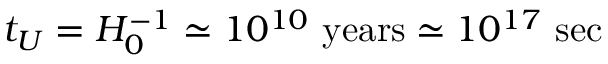
t _ { U } = H _ { 0 } ^ { - 1 } \simeq 1 0 ^ { 1 0 } \, \, \mathrm { y e a r s } \simeq 1 0 ^ { 1 7 } \, \, \mathrm { s e c }